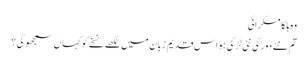
وہ ہلکا مسکرائی
تم نئے دور کی نئی لڑکی ہو اس قدیم زبان میں لکھے نسخے کو کہاں سمجھو گی؟